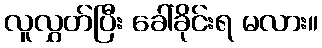
လူလွှတ်ပြီး ခေါ်ခိုင်းရ မလား။